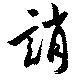
誚